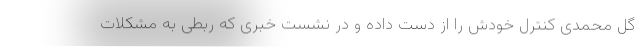
گل محمدی کنترل خودش را از دست داده و در نشست خبری که ربطی به مشکلات